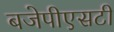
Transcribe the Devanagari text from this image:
बजेपीएसटी